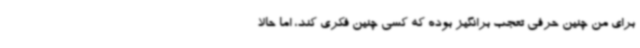
برای من چنین حرفی تعجب برانگیز بوده که کسی چنین فکری کند، اما حالا